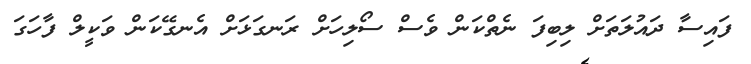
ފައިސާ ދައުލަތަށް ލިބިފަ ނެތްކަން ވެސް ސޯލިހަށް ރަނގަޅަށް އެނގޭކަން ވަކީލް ފާހަގަ